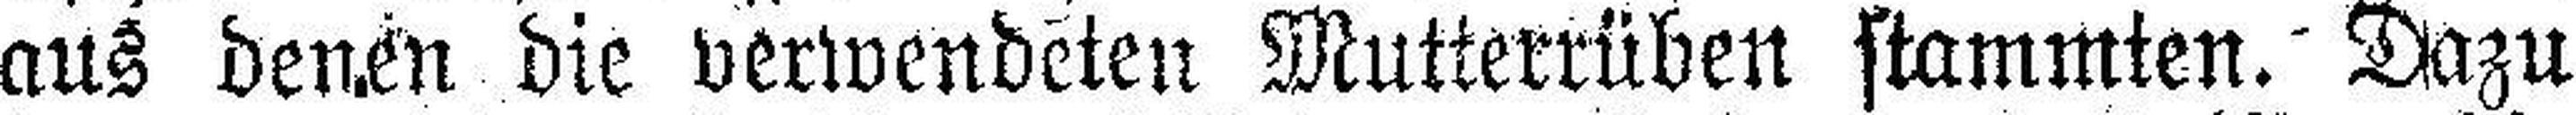
aus denen die verwendeten Mutterrüben stammten. Dazu